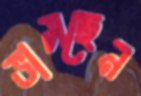
ভাসছেন